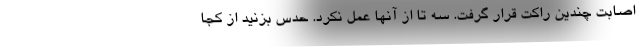
اصابت چندین راکت قرار گرفت. سه تا از آنها عمل نکرد. حدس بزنید از کجا